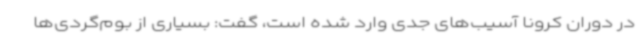
در دوران کرونا آسیب‌های جدی وارد شده است، گفت: بسیاری از بوم‌گردی‌ها